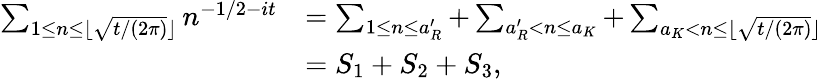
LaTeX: \begin{array}{rl}{\sum_{1\le n\le\lfloor\sqrt{t/(2\pi)}\rfloor}n^{-1/2-it}}&{=\sum_{1\le n\le a_{R}^{\prime}}+\sum_{a_{R}^{\prime}<n\le a_{K}}+\sum_{a_{K}<n\le\lfloor\sqrt{t/(2\pi)}\rfloor}}\\ &{=S_{1}+S_{2}+S_{3},}\end{array}